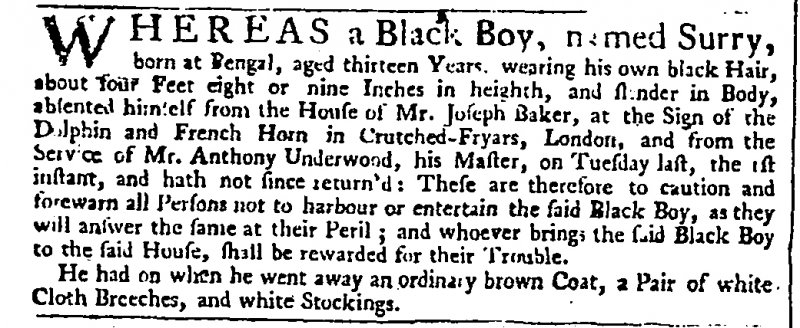
Daily Advertiser, 4 November 1743 (England)
WHEREAS a Black Boy, named Surry, born at Bengal, aged thirteen Years, wearing his own black Hair, about four Feet eight or nine Inches in heighth, and slender in Body, absented himself from the House of Mr. Joseph Baker, at the Sign of the Dolphin and French Horn in Crutched-Fryars, London, and from the Service of Mr. Anthony Underwood, his Master, on Tuesday last, the 1st instant, and hath not since return’d: These are therefore to caution and forewarn all Persons not to harbour or entertain the said Black Boy, as they will answer the same at their Peril; and whoever brings the said Black Boy to the said House, shall be rewarded for their Trouble.  He had on when he went away an ordinary brown Coat, a Pair of white Cloth Breeches, and white Stockings.